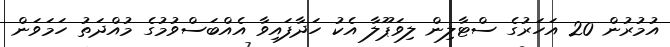
އުމުރުން 20 އަހަރުގެ ސްޓާލިން ލިވަޕޫލާ އެކު ހަދާފައިވާ އެއްބަސްވުމުގެ މުއްދަތު ހަމަވަން